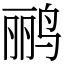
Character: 鹂